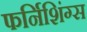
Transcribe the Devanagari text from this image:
फर्निशिंग्स